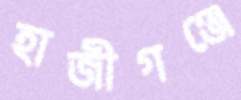
হাজীগঞ্জে